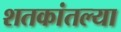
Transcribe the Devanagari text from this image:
शतकांतल्या